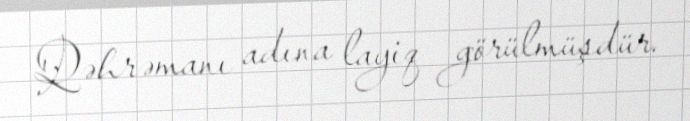
Qəhrəmanı adına layiq görülmüşdür.